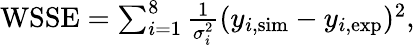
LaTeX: \begin{array}{r}{\textnormal{WSSE}=\sum_{i=1}^{8}\frac{1}{\sigma_{i}^{2}}(y_{i,\textnormal{sim}}-y_{i,\textnormal{exp}})^{2},}\end{array}